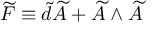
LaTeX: \widetilde { F } \equiv \widetilde { d } \widetilde { A } + \widetilde { A } \wedge \widetilde { A }